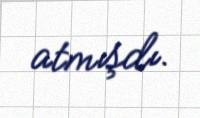
atmışdı.